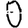
Digit: 0